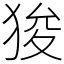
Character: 狻